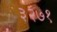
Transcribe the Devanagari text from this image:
३२७१